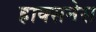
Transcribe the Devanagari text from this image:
हाक्सनेस